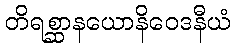
တိရစ္ဆာနယောနိဝေဒနီယံ